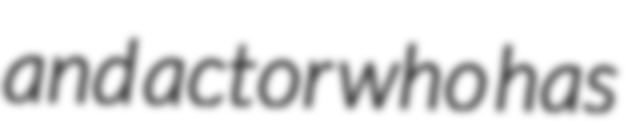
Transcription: and actor who has